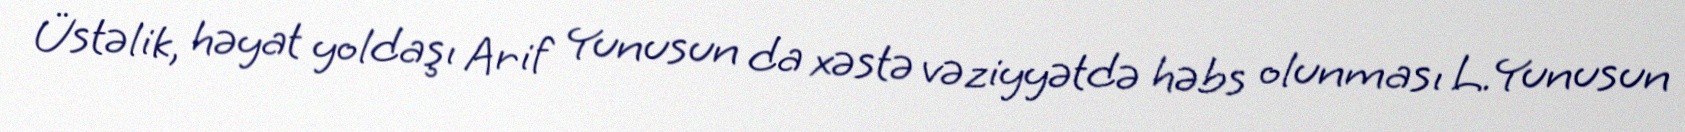
Üstəlik, həyat yoldaşı Arif Yunusun da xəstə vəziyyətdə həbs olunması L.Yunusun